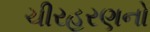
ચીરહરણનો